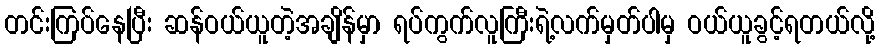
တင်းကြပ်နေပြီး ဆန်ဝယ်ယူတဲ့အချိန်မှာ ရပ်ကွက်လူကြီးရဲ့လက်မှတ်ပါမှ ဝယ်ယူခွင့်ရတယ်လို့